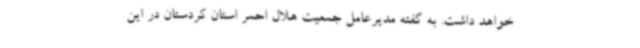
خواهد داشت. به گفته مدیرعامل جمعیت هلال احمر استان کردستان در این